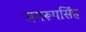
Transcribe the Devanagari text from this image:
जगरूपसिंह